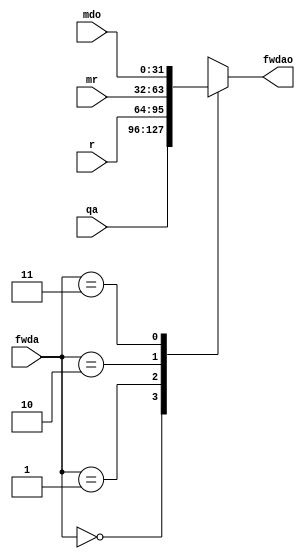
`timescale 1ns / 1ps
module Fwd_mult_A(
    input [31:0] qa,
    input [31:0] r,
    input [31:0] mr,
    input [31:0] mdo,
    input [1:0] fwda,
    output reg [31:0] fwdao);
    always @(*) begin 
        case (fwda)
            2'b00:
            begin
                fwdao = qa;
            end
            2'b01:
            begin
                fwdao = r;
            end
            2'b10:
            begin
                fwdao = mr;
            end
            2'b11:
            begin
                fwdao = mdo;
            end
        endcase
    end
endmodule